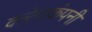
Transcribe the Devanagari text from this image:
करेगाकंपनी